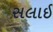
સલાઈ